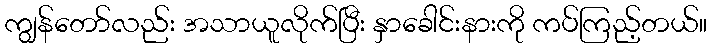
ကျွန်တော်လည်း အသာယူလိုက်ပြီး နှာခေါင်းနားကို ကပ်ကြည့်တယ်။